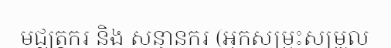
មជ្ឈត្តករ និង សន្ធានករ (អ្នកសម្រុះសម្រួល